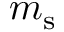
m _ { \mathrm { s } }